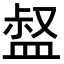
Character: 𥁽